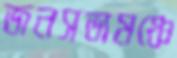
জনসভামঞ্চে